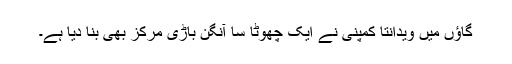
گاؤں میں ویدانتا کمپنی نے ایک چھوٹا سا آنگن باڑی مرکز بھی بنا دیا ہے۔